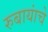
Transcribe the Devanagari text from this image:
रुबायांचे